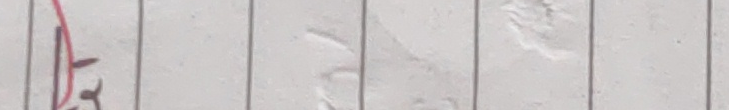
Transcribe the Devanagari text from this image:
३